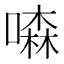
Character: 𠾣